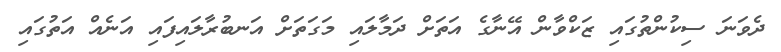
ދެވަނަ ސިކުންތުގައި ޒަކްވާން އޭނާގެ އަތަށް ދަމާލައި މަގަތަށް އަނބުރާލައިފައި އަނެއް އަތުގައި